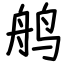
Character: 鸼